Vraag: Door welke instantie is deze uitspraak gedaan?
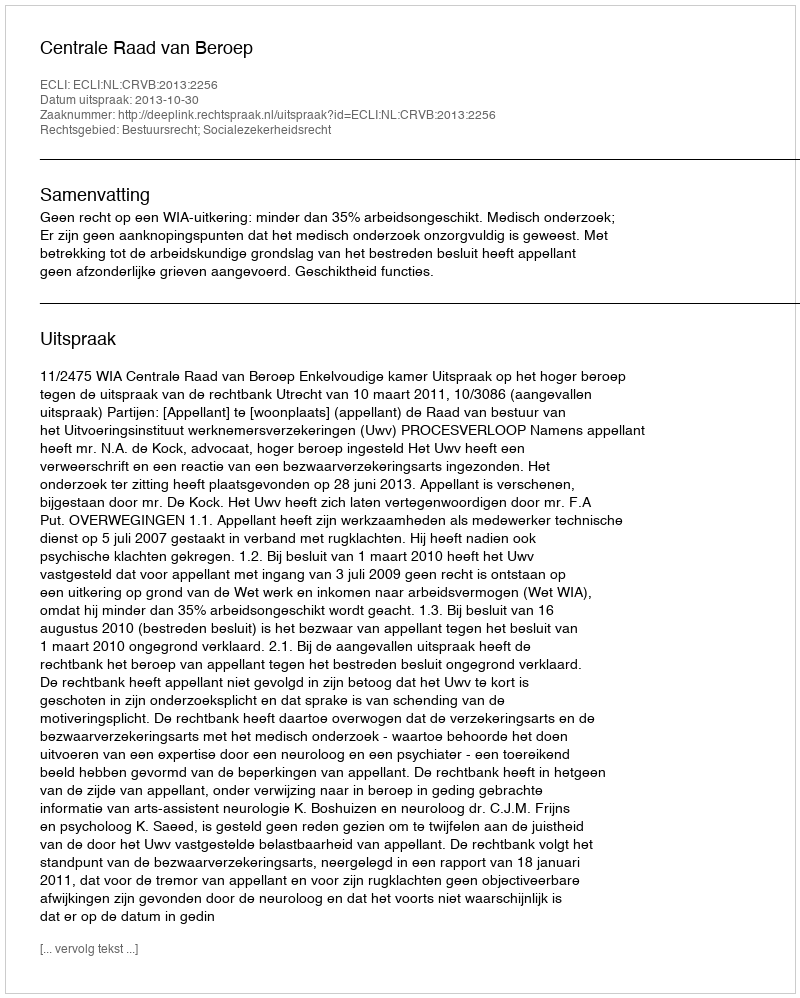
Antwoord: Centrale Raad van Beroep